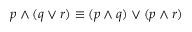
p \wedge ( q \vee r ) \equiv ( p \wedge q ) \vee ( p \wedge r )